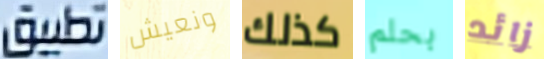
تطبيق ونعيش كذلك بحلم زائد